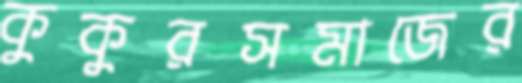
কুকুরসমাজের